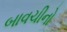
બાવચીનો